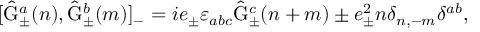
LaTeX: [ \hat { \mathrm { G } } _ { \pm } ^ { a } ( n ) , \hat { \mathrm { G } } _ { \pm } ^ { b } ( m ) ] _ { - } = i e _ { \pm } { \varepsilon } _ { a b c } \hat { \mathrm { G } } _ { \pm } ^ { c } ( n + m ) \pm e _ { \pm } ^ { 2 } n \delta _ { n , - m } \delta ^ { a b } , \,